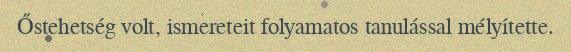
Őstehetség volt, ismereteit folyamatos tanulással mélyítette.